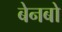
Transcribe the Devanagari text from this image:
बेनबो